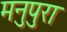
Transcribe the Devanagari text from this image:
मनुपुरा